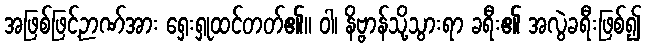
အဖြစ်ဖြင့်ဉာဏ်အား ရှေးရှုထင်တတ်၏။ ဝါ၊ နိဗ္ဗာန်သို့သွားရာ ခရီး၏ အလွဲခရီးဖြစ်၍